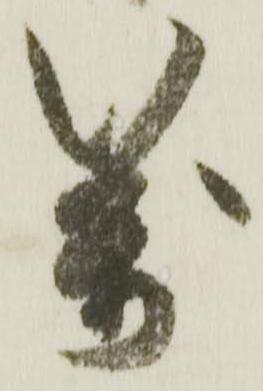
万